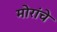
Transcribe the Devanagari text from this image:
मोरांचे